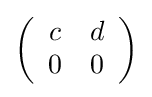
\left({\begin{array}{cc}c&d\\0&0\end{array}}\right)